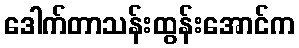
ဒေါက်တာသန်းထွန်းအောင်က